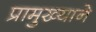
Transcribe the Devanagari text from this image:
प्रामुख्‍याने